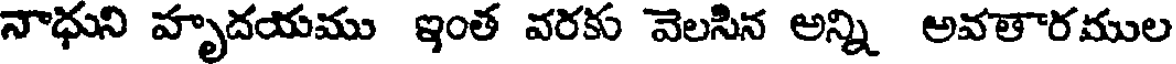
నాధుని హృదయము ఇంత వరకు వెలసిన అన్ని అవతారముల